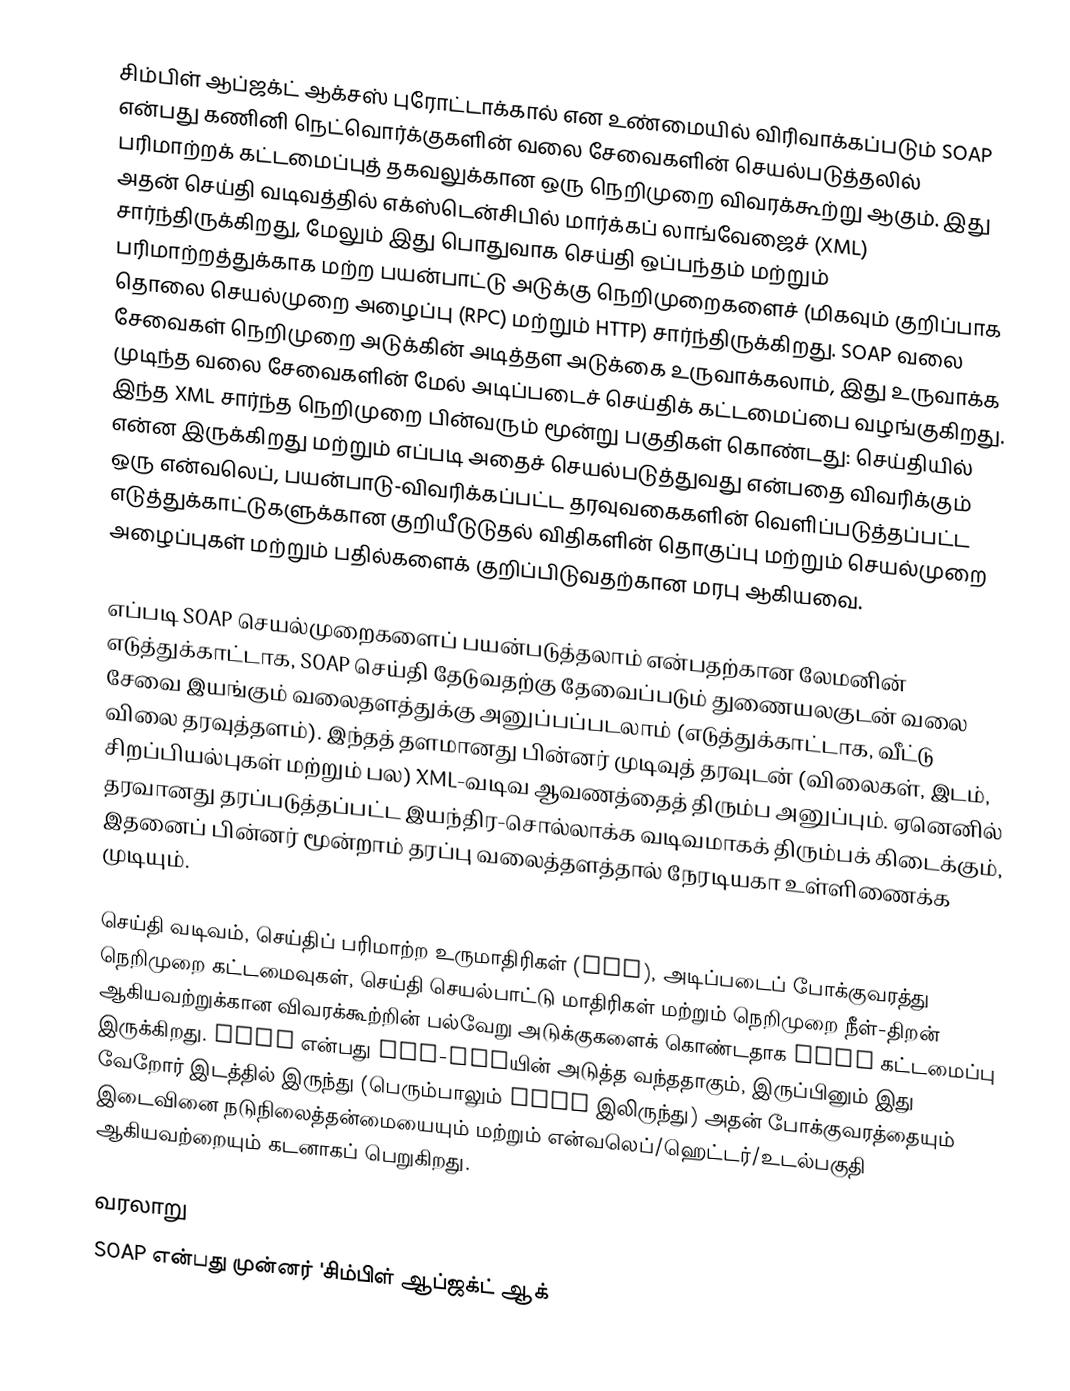
சிம்பிள் ஆப்ஜக்ட் ஆக்சஸ் புரோட்டாக்கால் என உண்மையில் விரிவாக்கப்படும் SOAP என்பது கணினி நெட்வொர்க்குகளின் வலை சேவைகளின் செயல்படுத்தலில் பரிமாற்றக் கட்டமைப்புத் தகவலுக்கான ஒரு நெறிமுறை விவரக்கூற்று ஆகும். இது அதன் செய்தி வடிவத்தில் எக்ஸ்டென்சிபில் மார்க்கப் லாங்வேஜைச் (XML) சார்ந்திருக்கிறது, மேலும் இது பொதுவாக செய்தி ஒப்பந்தம் மற்றும் பரிமாற்றத்துக்காக மற்ற பயன்பாட்டு அடுக்கு நெறிமுறைகளைச் (மிகவும் குறிப்பாக தொலை செயல்முறை அழைப்பு (RPC) மற்றும் HTTP) சார்ந்திருக்கிறது. SOAP வலை சேவைகள் நெறிமுறை அடுக்கின் அடித்தள அடுக்கை உருவாக்கலாம், இது உருவாக்க முடிந்த வலை சேவைகளின் மேல் அடிப்படைச் செய்திக் கட்டமைப்பை வழங்குகிறது. இந்த XML சார்ந்த நெறிமுறை பின்வரும் மூன்று பகுதிகள் கொண்டது: செய்தியில் என்ன இருக்கிறது மற்றும் எப்படி அதைச் செயல்படுத்துவது என்பதை விவரிக்கும் ஒரு என்வலெப், பயன்பாடு-விவரிக்கப்பட்ட தரவுவகைகளின் வெளிப்படுத்தப்பட்ட எடுத்துக்காட்டுகளுக்கான குறியீடுடுதல் விதிகளின் தொகுப்பு மற்றும் செயல்முறை அழைப்புகள் மற்றும் பதில்களைக் குறிப்பிடுவதற்கான மரபு ஆகியவை.

எப்படி SOAP செயல்முறைகளைப் பயன்படுத்தலாம் என்பதற்கான லேமனின் எடுத்துக்காட்டாக, SOAP செய்தி தேடுவதற்கு தேவைப்படும் துணையலகுடன் வலை சேவை இயங்கும் வலைதளத்துக்கு அனுப்பப்படலாம் (எடுத்துக்காட்டாக, வீட்டு விலை தரவுத்தளம்). இந்தத் தளமானது பின்னர் முடிவுத் தரவுடன் (விலைகள், இடம், சிறப்பியல்புகள் மற்றும் பல) XML-வடிவ ஆவணத்தைத் திரும்ப அனுப்பும். ஏனெனில் தரவானது தரப்படுத்தப்பட்ட இயந்திர-சொல்லாக்க வடிவமாகக் திரும்பக் கிடைக்கும், இதனைப் பின்னர் மூன்றாம் தரப்பு வலைத்தளத்தால் நேரடியகா உள்ளிணைக்க முடியும்.

செய்தி வடிவம், செய்திப் பரிமாற்ற உருமாதிரிகள் (MEP), அடிப்படைப் போக்குவரத்து நெறிமுறை கட்டமைவுகள், செய்தி செயல்பாட்டு மாதிரிகள் மற்றும் நெறிமுறை நீள்-திறன் ஆகியவற்றுக்கான விவரக்கூற்றின் பல்வேறு அடுக்குகளைக் கொண்டதாக SOAP கட்டமைப்பு இருக்கிறது. SOAP என்பது XML-RPCயின் அடுத்த வந்ததாகும், இருப்பினும் இது வேறோர் இடத்தில் இருந்து (பெரும்பாலும் WDDX இலிருந்து) அதன் போக்குவரத்தையும் இடைவினை நடுநிலைத்தன்மையையும் மற்றும் என்வலெப்/ஹெட்டர்/உடல்பகுதி ஆகியவற்றையும் கடனாகப் பெறுகிறது.

வரலாறு
SOAP என்பது முன்னர் 'சிம்பிள் ஆப்ஜக்ட் ஆக்